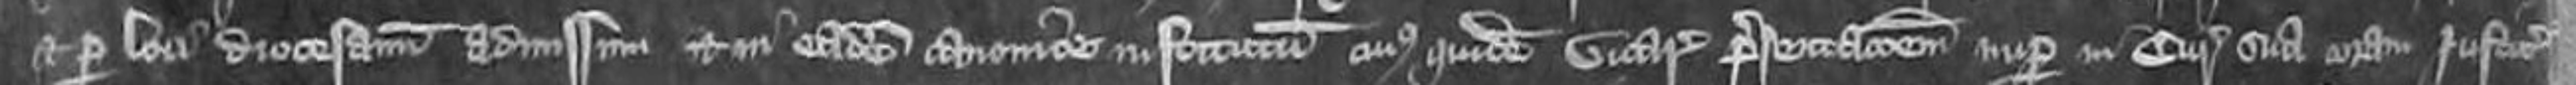
et per loci diocesano admissum et in eadem canonice institutum cuius quidem vicarie presentationem nuper in Curia sua coram Justiciariis